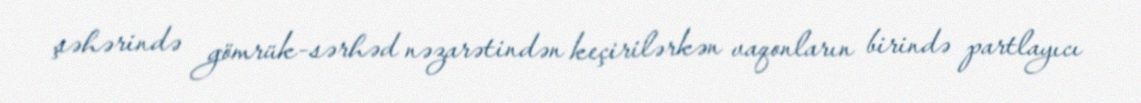
şəhərində gömrük-sərhəd nəzarətindən keçirilərkən vaqonların birində partlayıcı